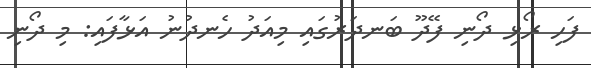
ފަހި ރޯޅި ދޯނި ފޭދޫ ބަނދަރުގައި މިއަދު ހެނދުނު އަޅާފައި: މި ދޯނި